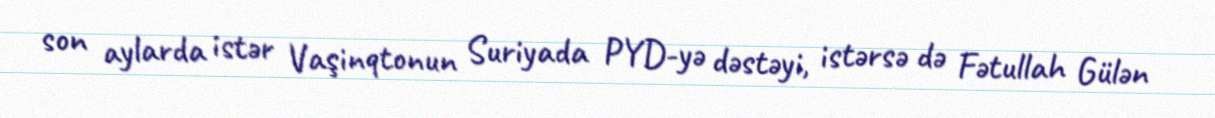
son aylarda istər Vaşinqtonun Suriyada PYD-yə dəstəyi, istərsə də Fətullah Gülən